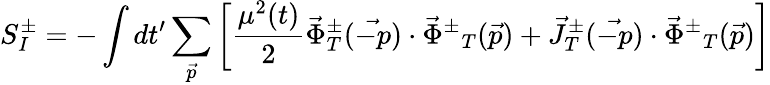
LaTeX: S_{I}^{\pm}=-\int dt^{\prime}\sum_{\vec{p}}\left[\frac{\mu^{2}(t)}{2}\vec{\Phi}_{T}^{\pm}(\vec{-p})\cdot{\vec{\Phi}^{\pm}}_{T}(\vec{p})+\vec{J}_{T}^{\pm}(\vec{-p})\cdot{\vec{\Phi}^{\pm}}_{T}(\vec{p})\right]